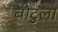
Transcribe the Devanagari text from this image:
बीटुला